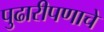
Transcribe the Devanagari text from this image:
पुढारीपणाचे